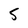
Character: S